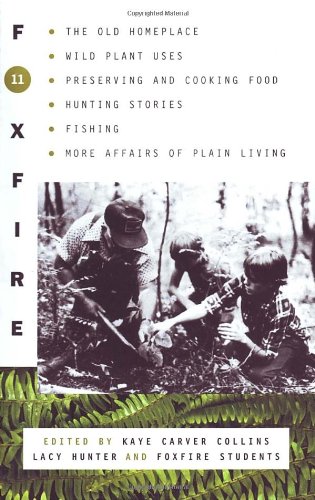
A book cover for Foxfire 11; Inc. Foxfire Fund; Reference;